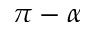
\pi - \alpha